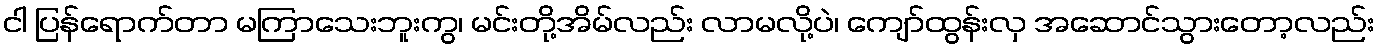
ငါ ပြန်ရောက်တာ မကြာသေးဘူးကွ၊ မင်းတို့အိမ်လည်း လာမလို့ပဲ၊ ကျော်ထွန်းလှ အဆောင်သွားတော့လည်း